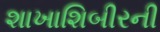
શાખાશિબીરની